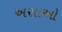
અસાઓ